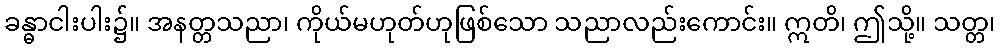
ခန္ဓာငါးပါး၌။ အနတ္တသညာ၊ ကိုယ်မဟုတ်ဟုဖြစ်သော သညာလည်းကောင်း။ ဣတိ၊ ဤသို့။ သတ္တ၊